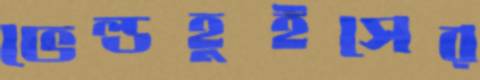
ভেল্ডহুইসের